Insane asylums in Bengal annual reports 1876-1887 - 1876-1887
Year: 1876
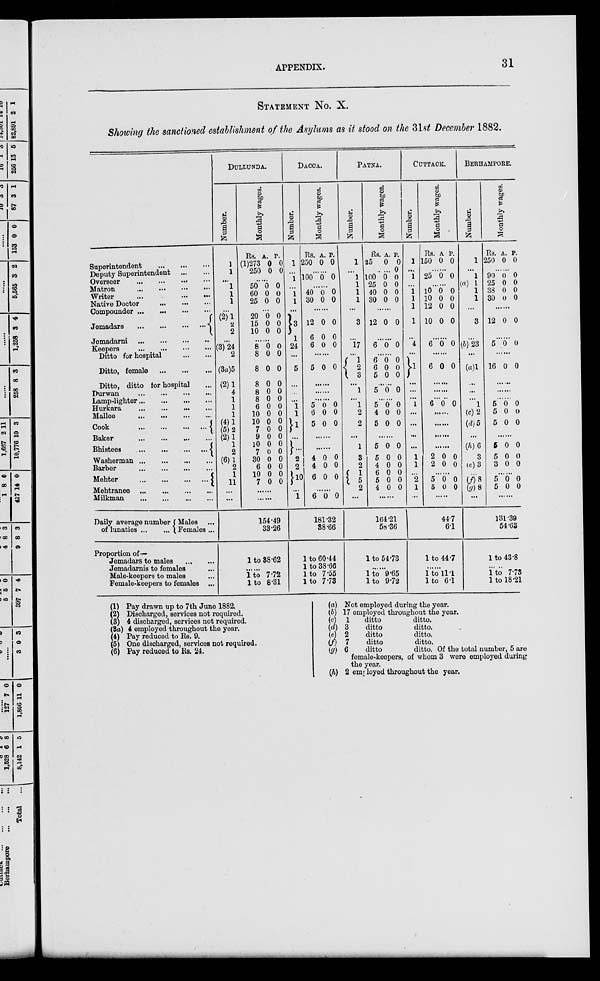
APPENDIX.
31
STATEMENT No. X.
Showing the sanctioned establishment of the Asylums as it stood on the 31st December 1882.
Superintendent
...
...
...
Deputy Superintendent ... ...
Overseer
...
...
...
...
Matron
...
...
...
...
Writer
...
...
..
...
Native Doctor ... .. ...
Compounder
...
...
...
...
Jemadars
...
...
...
...
Jemadarni ...
...
...
...
Keepers
...
...
...
...
Ditto for hospital
...
...
Ditto, female ... ... ...
Ditto, ditto for hospital ...
Durwan
...
...
...
...
Lamp-lighter
...
...
...
...
Hurkara
...
...
...
...
Mallee ... ... ... ...
Cook
...
...
...
...
Baker
...
...
...
...
Bhistees
...
...
... ...
Washerman
...
...
...
...
Barber
...
...
...
...
Mehter
...
...
...
...
Mehtranee
...
...
...
...
Milkman
...
...
...
...
Daily average number
of lunatics
...
...
Males ...
Females ...
Proportion of—
Jemadars to males
...
...
Jemadarnis to females ...
Male-keepers to males ...
Female-keepers to females ...
DULLUNDA.
Number.
1
1
...
1
1
1
...
(2)1
2
2
...
(3) 24
2
(3a)5
(2) 1
4
1
1
1
(4)1
(5)2
(2)1
1
2
(6)1
2
1
11
...
...
Monthly wages.
Rs.
(1)273
250
A.
0
0
P.
0
0
......
50
60
25
0
0
0
0
0
0
...
20
15
10
0
0
0
0
0
0
......
8
8
8
8
8
8
6
10
10
7
9
10
7
30
6
10
7
0
0
0
0
0
0
0
0
0
0
0
0
0
0
0
0
0
0
0
0
0
0
0
0
0
0
0
0
0
0
0
0
0
0
......
......
154.49
33.26
1 to 38.62
......
1 to 7.72
1 to 8.31
DACCA.
Number.
1
...
1
...
1
1
...
3
1
24
...
5
...
...
...
1
1
1
...
...
2
2
10
...
1
Monthly wages.
Rs.
250
A.
0
P.
0
......
100 0 0
......
40
30
0
0
0
0
......
12
6
6
0
0
0
0
0
0
......
5 0 0
......
......
......
5
6
5
0
0
0
0
0
0
......
......
4
4
6
0
0
0
0
0
0
......
6 0 0
181.32
38.66
1 to 60.44
1 to 38.66
1 to 7.55
1 to 7.73
PATNA.
Number.
1
...
1
1
1
1
...
3
...
17
...
1
2
3
...
1
...
1
2
2
...
1
3
2
1
5
2
...
Monthly wages.
Rs.
25
...
100
25
40
30
A.
0
...
0
0
0
0
P.
0
0
0
0
0
0
......
12 0 0
......
6 0 0
......
6
6
5
0
0
0
0
0
0
......
5 0 0
......
5
4
5
0
0
0
0
0
0
......
5
5
4
6
5
4
0
0
0
0
0
0
0
0
0
0
0
0
......
164.21
58.36
1 to 54.73
......
1 to 9.65
1 to 9.72
CUTTACK.
Number.
1
...
1
...
1
1
1
1
...
4
...
1
...
...
...
1
...
...
...
...
1
1
...
2
1
...
Monthly wages.
Rs.
150
A.
0
P.
0
......
25 0 0
......
10
10
12
10
0
0
0
0
0
0
0
0
......
6 0 0
......
6 0 0
......
......
......
6 0 0
......
......
......
......
2
2
0
0
0
0
......
5
5
0
0
0
0
......
44.7
6.1
1 to 44.7
......
1 to 11.1
1 to 6.1
BERHAMPORE.
Number.
1
...
1
(a) 1
1
1
...
3
...
(b) 23
...
(a) 1
...
...
...
1
(c) 2
(d) 5
...
(h) 6
3
(e) 3
...
(f) 8
(g) 8
...
Monthly wages.
Rs.
250
A.
0
P.
0
......
90
25
38
30
0
0
0
0
0
0
0
0
......
12 0 0
......
5 0 0
......
16 0 0
......
......
......
5
5
5
0
0
0
0
0
0
......
5
5
3
0
0
0
0
0
0
......
5
5
0
0
0
0
......
131.39
54.63
1 to 43.8
......
1 to 7.73
1 to 18.21
(1)
(2) (3)
(3a)
(4)
(5)
(6)
Pay drawn up to 7th June 1882.
Discharged, services not required.
4 discharged, services not required.
4 employed throughout the year.
Pay reduced to Rs. 9.
One discharged, services not required.
Pay reduced to Rs. 24.
(a)
(b)
(c)
(d)
(e)
(f)
(g)
(h)
Not employed during the year.
17 employed throughout the year.
1
ditto
ditto.
3
ditto
ditto.
2
ditto
ditto.
7
ditto
ditto.
6
ditto
ditto. Of the total number, 5 are
female-keepers, of whom 3 were employed during
the year.
2 employed throughout the year.